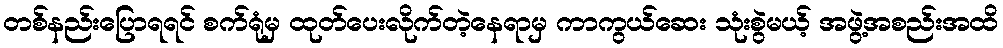
တစ်နည်းပြောရရင် စက်ရုံမှ ထုတ်ပေးလိုက်တဲ့နေရာမှ ကာကွယ်ဆေး သုံးစွဲမယ့် အဖွဲ့အစည်းအထိ